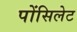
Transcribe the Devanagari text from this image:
पोंसिलेट